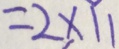
= 2 \times 1 1